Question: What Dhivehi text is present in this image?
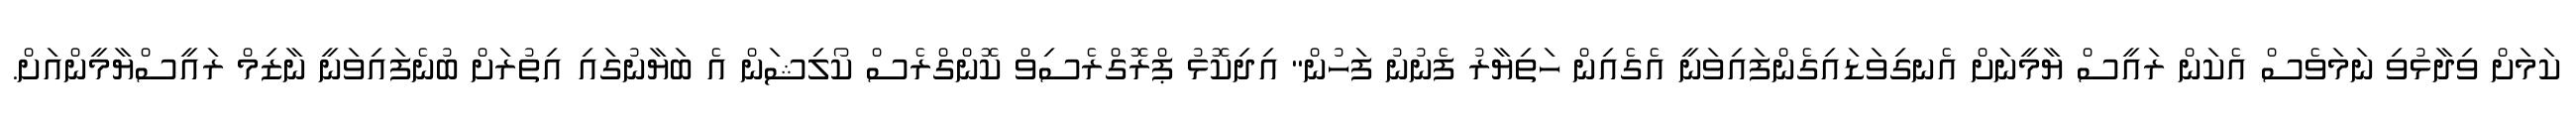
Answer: ކަމަށް ވިދާޅުވި ނަމަވެސް އެކަން ރައީސް ޔާމީނަށް އެނގިވަޑައިގެންފައިވަނީ އެގެއިން ހަތިޔާރު ފެނުނު ފަހުން" އިދިކޮޅު ޕްރޮގްރެސިވް ކޮންގްރެސް ކޯލިޝަން އެ ބަޔާނުގައި އިތުރަށް ބުނެފައިވަނީ ނާޒިމް ރައީސްޔާމީންއަށް.